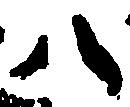
八